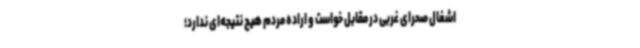
اشغال صحرای غربی در مقابل خواست و اراده مردم هیچ نتیجه‌ای ندارد؛